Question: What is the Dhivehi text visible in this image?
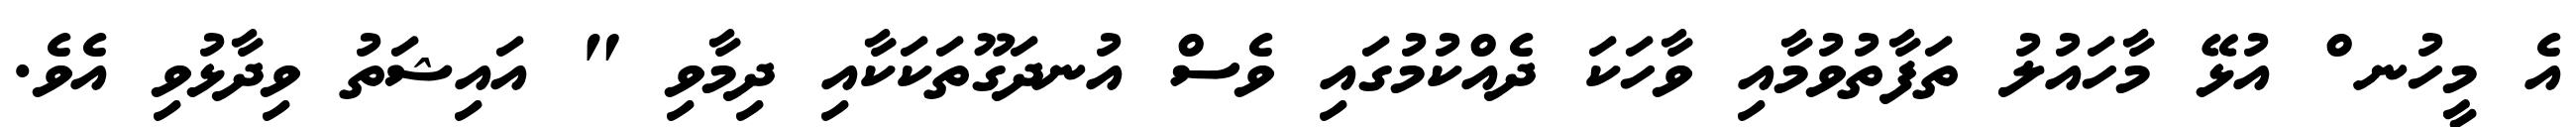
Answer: އެ މީހުނ ް އުޅޭ މާހައުލު ތަފާތުވުމާއި ވާހަކަ ދެއްކުމުގައި ވެސް އުނދަގޫތަކަކާއި ދިމާވި " އައިޝަތު ވިދާޅުވި އެވެ.